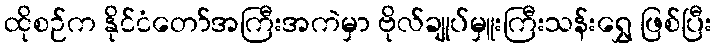
ထိုစဉ်က နိုင်ငံတော်အကြီးအကဲမှာ ဗိုလ်ချုပ်မှူးကြီးသန်းရွှေ ဖြစ်ပြီး